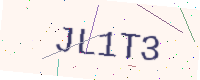
Text: JL1T3